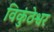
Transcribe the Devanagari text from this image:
विकुंठेश्वर